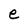
Character: e